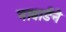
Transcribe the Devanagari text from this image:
नाबार्डने